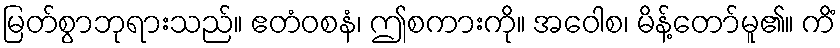
မြတ်စွာဘုရားသည်။ ဧတံဝစနံ၊ ဤစကားကို။ အဝေါစ၊ မိန့်တော်မူ၏။ ကိံ